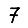
Digit: 7